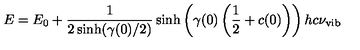
E = E _ { 0 } + \frac { 1 } { 2 \sinh ( \gamma ( 0 ) / 2 ) } \sinh \left( \gamma ( 0 ) \left( \frac { 1 } { 2 } + c ( 0 ) \right) \right) h c \nu _ { \mathrm { v i b } }